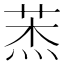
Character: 𦲓